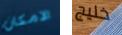
الامكان خليج